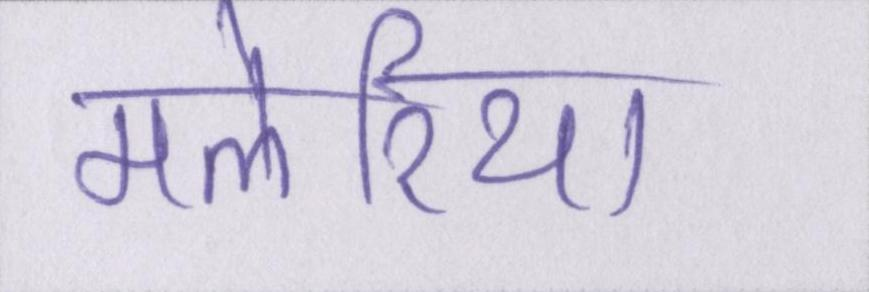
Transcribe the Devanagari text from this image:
मलेरिया